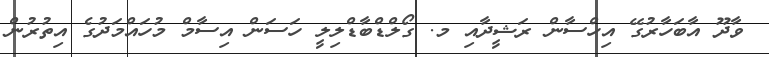
ވާދޫ އާބަހާރުގޭ އިހްސާން ރަޝީދާއި މ. ގޯލްޑްބާޑްލިލީ ހަސަން އިސާމް މުހައްމަދުގެ އިތުރުން